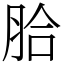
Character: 䏩